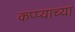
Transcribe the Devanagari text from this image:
कप्प्याच्या